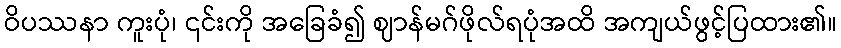
ဝိပဿနာ ကူးပုံ၊ ၎င်းကို အခြေခံ၍ ဈာန်မဂ်ဖိုလ်ရပုံအထိ အကျယ်ဖွင့်ပြထား၏။